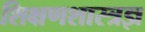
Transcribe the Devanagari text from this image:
शिक्षणशास्त्रज्ञ